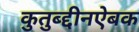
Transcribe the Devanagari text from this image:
कुतुब्द्दीनऐबक